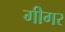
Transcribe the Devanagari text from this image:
गीगर